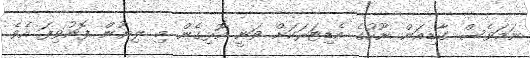
ނަމަވެސް ގާޑިއަން ނޫހުގެ އެޑިޓަރަކަށް ވަނީ އޮޅިގެން މި ލިޔުން ފޮނުވިފަ އެވެ.